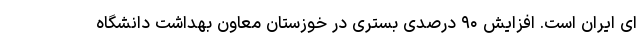
ای ایران است. افزایش ۹۰ درصدی بستری در خوزستان معاون بهداشت دانشگاه